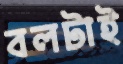
বলটাই